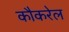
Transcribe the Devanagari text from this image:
कौकरेल